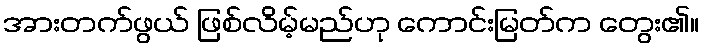
အားတက်ဖွယ် ဖြစ်လိမ့်မည်ဟု ကောင်းမြတ်က တွေး၏။